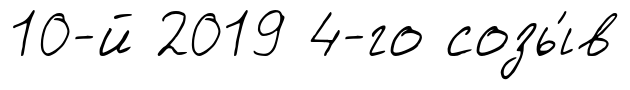
10-й 2019 4-го созы́в